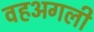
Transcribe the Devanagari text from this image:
वहअगली